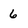
Character: 6